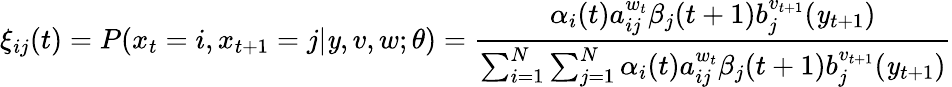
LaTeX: \xi_{ij}(t)=P(x_{t}=i,x_{t+1}=j|\mathit{y},v,w;\theta)={\frac{{\alpha_{i}(t)a_{ij}^{w_{t}}\beta_{j}(t+1)b_{j}^{v_{t+1}}(\mathit{y}_{t+1})}}{{\sum_{i=1}^{N}\sum_{j=1}^{N}\alpha_{i}(t)a_{ij}^{w_{t}}\beta_{j}(t+1)b_{j}^{v_{t+1}}(\mathit{y}_{t+1})}}}